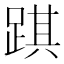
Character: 踑